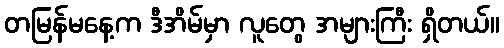
တမြန်မနေ့က ဒီအိမ်မှာ လူတွေ အများကြီး ရှိတယ်။